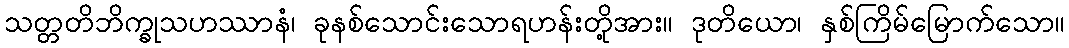
သတ္တတိဘိက္ခုသဟဿာနံ၊ ခုနစ်သောင်းသောရဟန်းတို့အား။ ဒုတိယော၊ နှစ်ကြိမ်မြောက်သော။